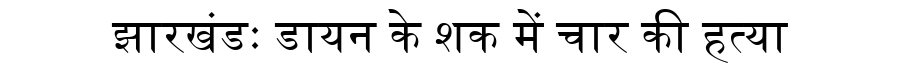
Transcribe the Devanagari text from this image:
झारखंडः डायन के शक में चार की हत्या